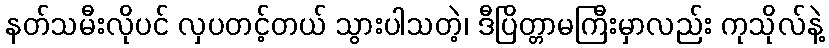
နတ်သမီးလိုပင် လှပတင့်တယ် သွားပါသတဲ့၊ ဒီပြိတ္တာမကြီးမှာလည်း ကုသိုလ်နဲ့